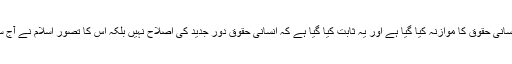
اسلام اور دیگر مذاہب عالم میں انسانی حقوق کا موازنہ کیا گیا ہے اور یہ ثابت کیا گیا ہے کہ انسانی حقوق دور جدید کی اصلاح نہیں بلکہ اس کا تصور اسلام نے آج سے چودہ سو سال قبل دے دیا تھا۔